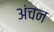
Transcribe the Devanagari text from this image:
अंचन